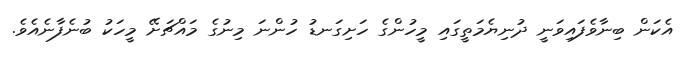
އެކަން ބިނާވެފައިވަނީ ދުނިޔެމަތީގައި މީހުންގެ ހަށިގަނޑު ހުންނަ މިނުގެ މައްޗަށޭ މީހަކު ބުނެފާނެއެވެ.